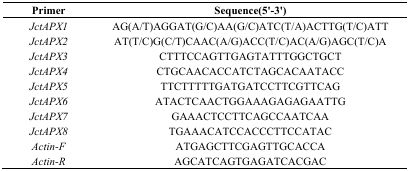
<table><thead><tr><td><b>Primer</b></td><td><b>Sequence(5′-3′)</b></td></tr></thead><tbody><tr><td><i>JctAPX1</i></td><td>AG(A/T)AGGAT(G/C)AA(G/C)ATC(T/A)ACTTG(T/C)ATT</td></tr><tr><td><i>JctAPX2</i></td><td>AT(T/C)G(C/T)CAAC(A/G)ACC(T/C)AC(A/G)AGC(T/C)A</td></tr><tr><td><i>JctAPX3</i></td><td>CTTTCCAGTTGAGTATTTGGCTGCT</td></tr><tr><td><i>JctAPX4</i></td><td>CTGCAACACCATCTAGCACAATACC</td></tr><tr><td><i>JctAPX5</i></td><td>TTCTTTTTGATGATCCTTCGTTCAG</td></tr><tr><td><i>JctAPX6</i></td><td>ATACTCAACTGGAAAGAGAGAATTG</td></tr><tr><td><i>JctAPX7</i></td><td>GAAACTCCTTCAGCCAATCAA</td></tr><tr><td><i>JctAPX8</i></td><td>TGAAACATCCACCCTTCCATAC</td></tr><tr><td><i>Actin-F</i></td><td>ATGAGCTTCGAGTTGCACCA</td></tr><tr><td><i>Actin-R</i></td><td>AGCATCAGTGAGATCACGAC</td></tr></tbody></table>